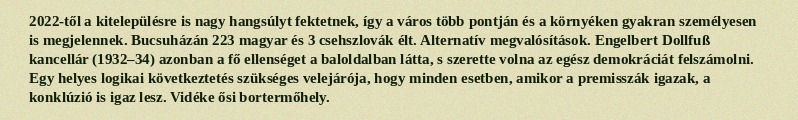
2022-től a kitelepülésre is nagy hangsúlyt fektetnek, így a város több pontján és a környéken gyakran személyesen is megjelennek. Bucsuházán 223 magyar és 3 csehszlovák élt. Alternatív megvalósítások. Engelbert Dollfuß kancellár (1932–34) azonban a fő ellenséget a baloldalban látta, s szerette volna az egész demokráciát felszámolni. Egy helyes logikai következtetés szükséges velejárója, hogy minden esetben, amikor a premisszák igazak, a konklúzió is igaz lesz. Vidéke ősi bortermőhely.